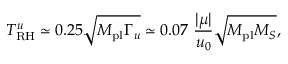
T _ { \mathrm { R H } } ^ { u } \simeq 0 . 2 5 \sqrt { M _ { \mathrm { p l } } \Gamma _ { u } } \simeq 0 . 0 7 ~ { \frac { \vert \mu \vert } { u _ { 0 } } } \sqrt { M _ { \mathrm { p l } } M _ { S } } ,